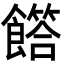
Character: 𩞰